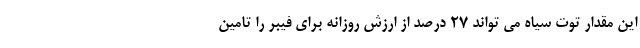
این مقدار توت سیاه می تواند 27 درصد از ارزش روزانه برای فیبر را تامین